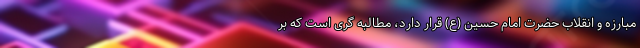
مبارزه و انقلاب حضرت امام حسین (ع) قرار دارد، مطالبه گری است که بر